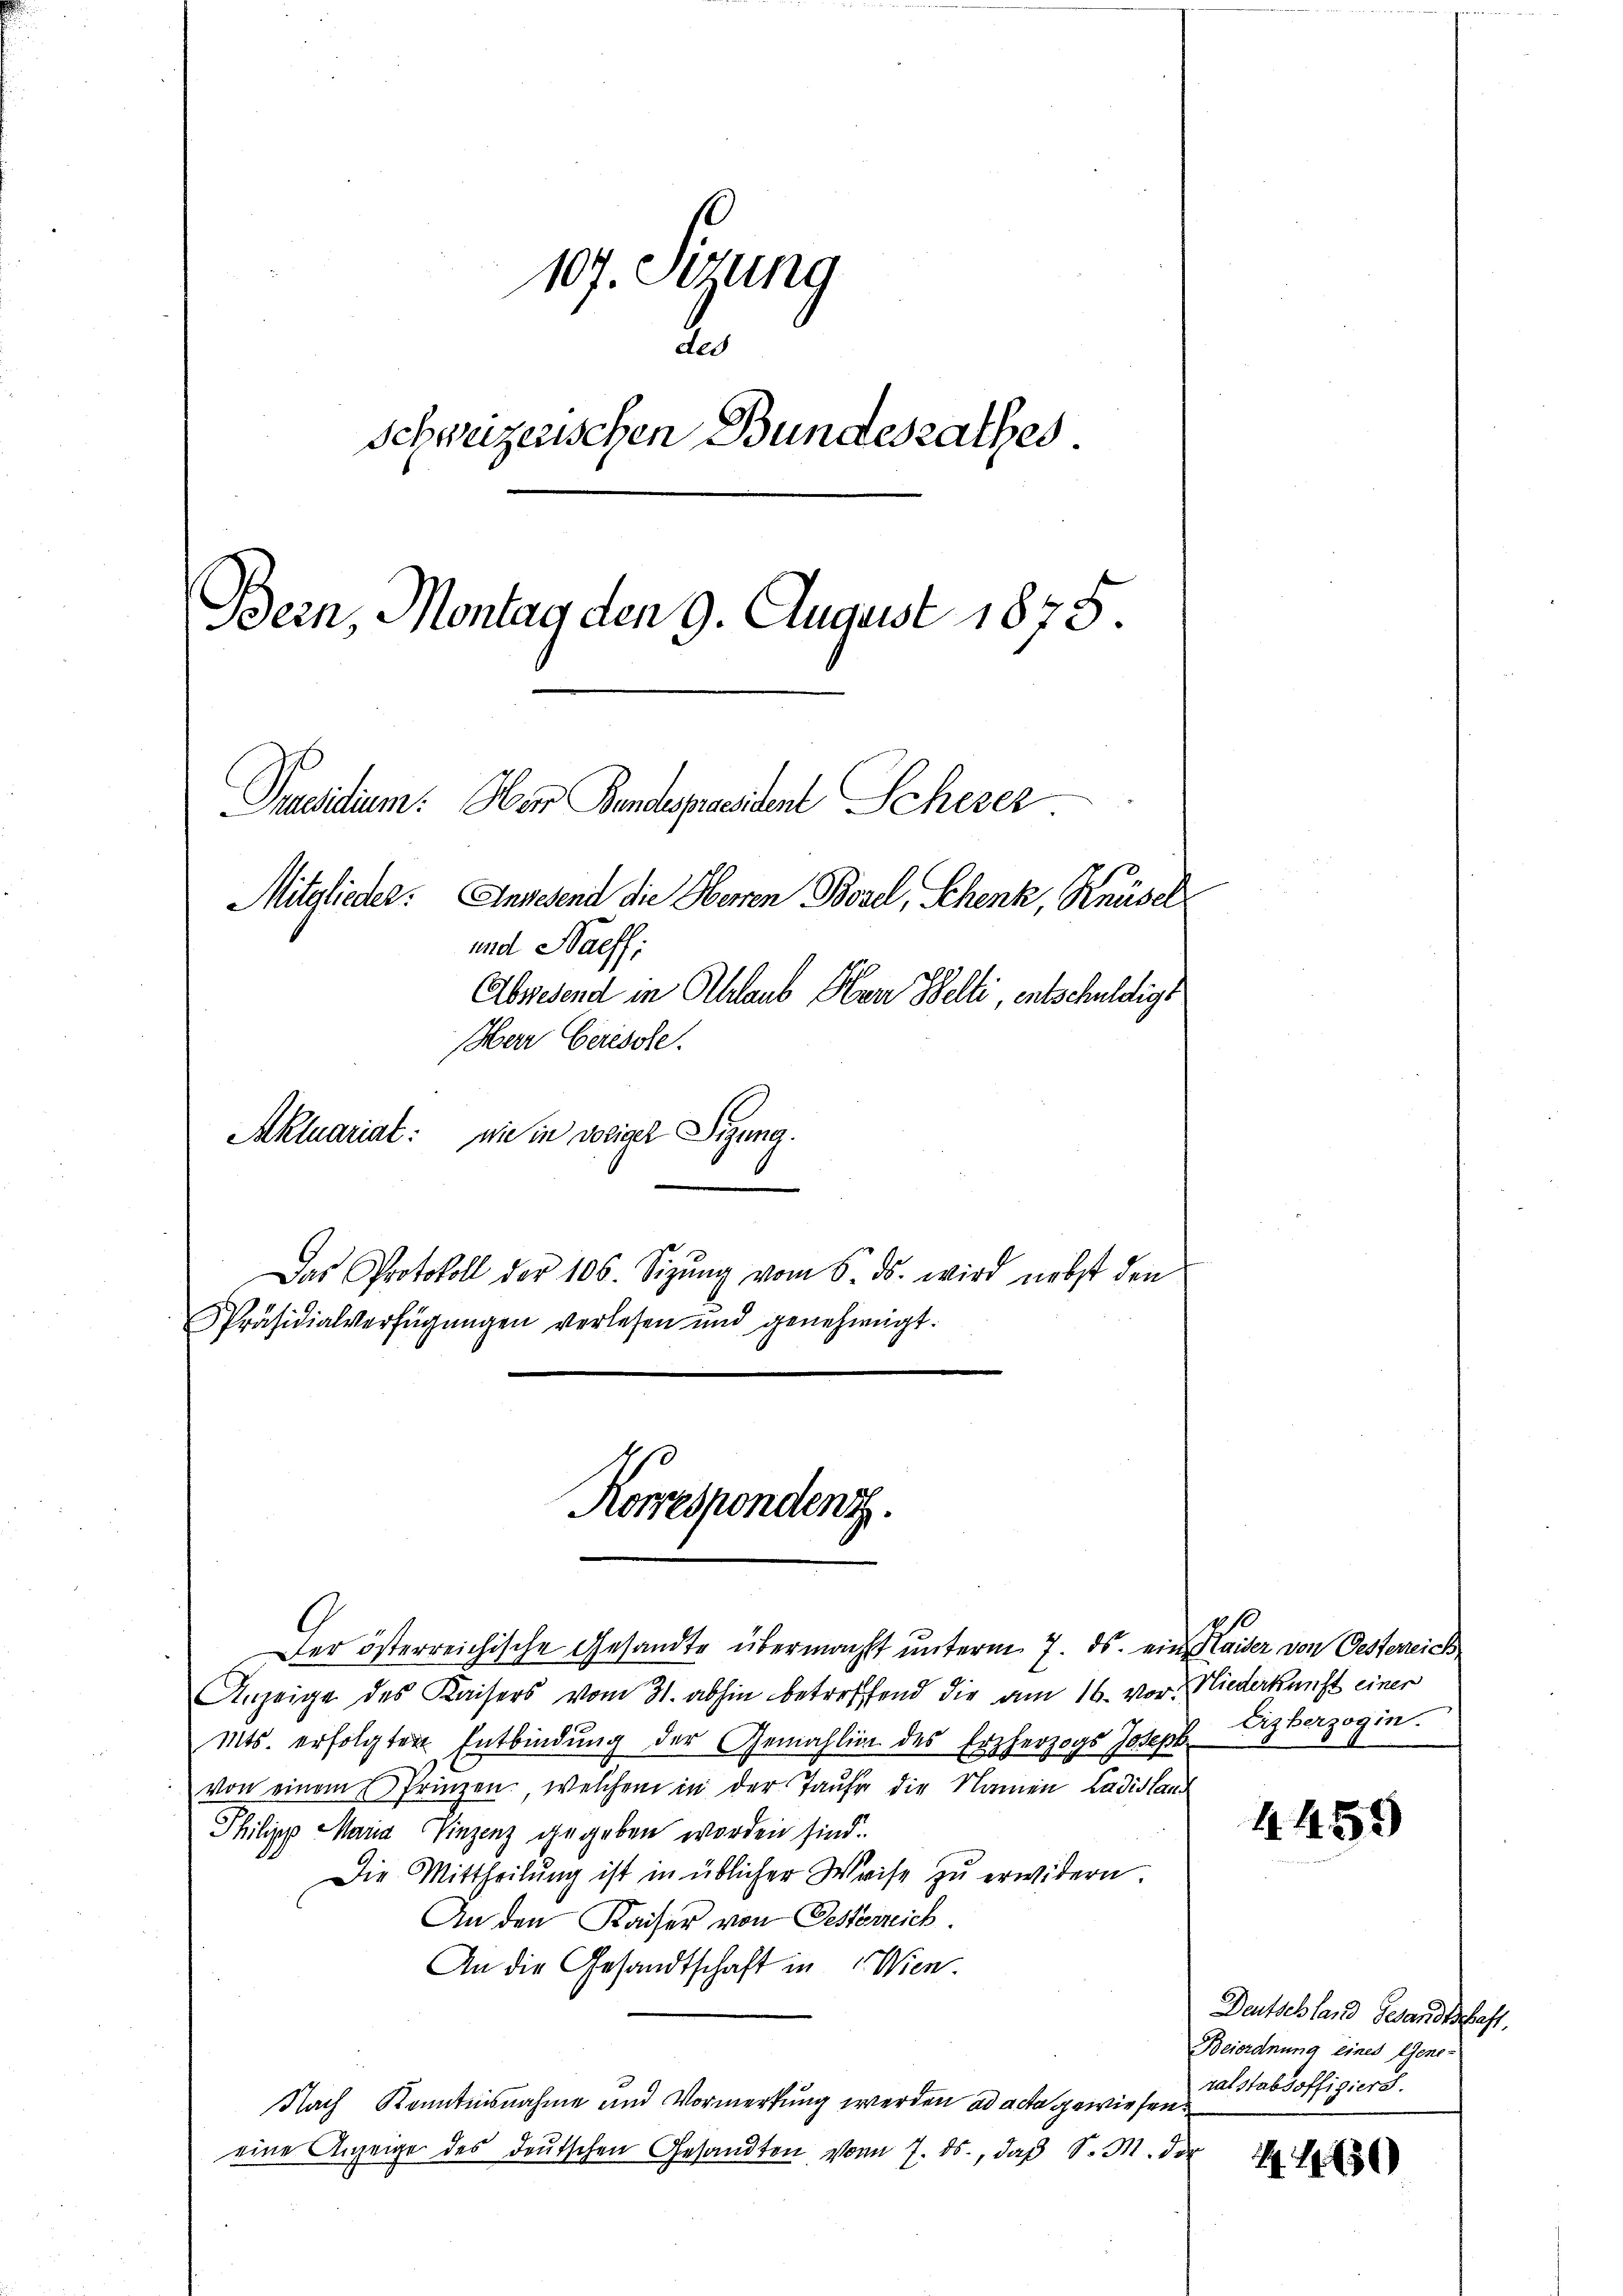
107. Sitzung
ded
Schweizerischen Bundesrathes
Bern, Montag den 9. August 1875
Praesidium. Her Bandespräsident Schezer
Mitglieder. Anwesend die Herren Prosel, Schenk, Knüsel
und Naeff:
Abwesend in Ablaub an Belti, entschuldigt
Herr Ceresole.
Aktuariat: nie in dotiger Sitzung.
Das Protokoll der 106. Sizŭng vom 5. ds. wird nebst den

Präsidialverfügungen verlesen und genehmigt.

Der österreichische Gesandte übermacht unterm 7. ds. ein Haider von Oesterreich
Anzeige des Kaisers vom 31. abhin betreffend die am 16. vor. Niederkunft einer
Mts. erfolgten Entbindung der Gemahlin des Erzherzogs Joseph
von einem Prinzen, welchem in der Taufe die Namen Ladislau
Philipp Maria Vinzenz gegeben worden sind.
Die Mittheilŭng ist in üblicher Weise zŭ erwidern.
An den Kaiser von Oesterreich
An die Gesandtschaft in Wien.
Nach Kenntnisnahme und Vormerkung werden ad acta gewiesen.
eine Anzeige des deutschen Gesandten von 7. ds., daß S. M. der

Korrespondenz.

Erzberzogin.

4459

Deutschland Gesandtschaft.
Beiordnung eines Gene-
ralstabsoffigiere.

150